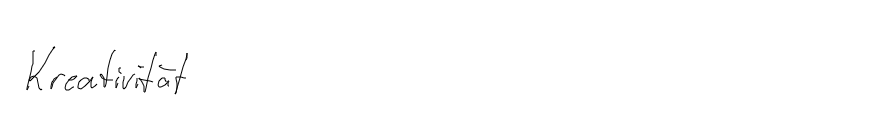
Kreativität